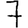
Digit: 7